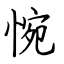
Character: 惋